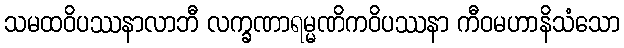
သမထဝိပဿနာလာဘီ လက္ခဏာရမ္မဏိကဝိပဿနာ ကီဝမဟာနိသံသော